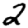
Digit: 2